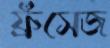
ফ্রঁসেজ